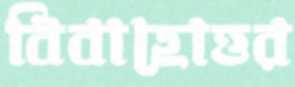
বিবাহোত্তর